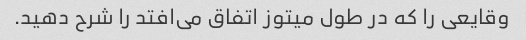
وقایعی را که در طول میتوز اتفاق می‌افتد را شرح دهید.